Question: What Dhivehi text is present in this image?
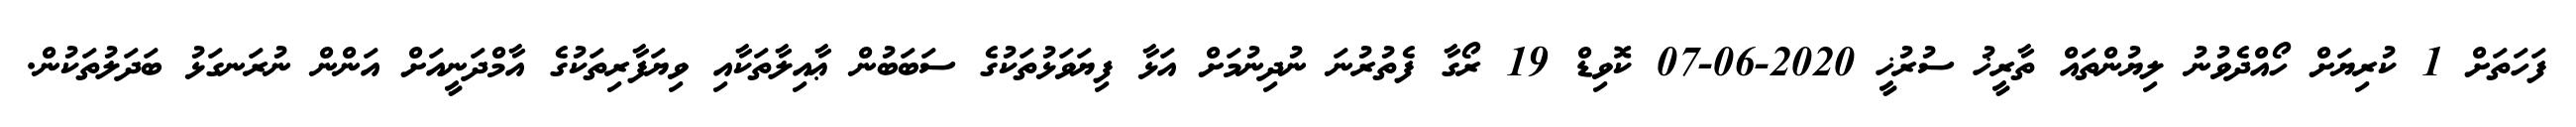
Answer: ފަހަތަށް 1 ކުރިޔަށް ހޯއްދެވުނު ލިޔުންތައް ތާރީޚު ސުރުޚީ 2020-06-07 ކޮވިޑް 19 ރޯގާ ފެތުރުނަ ނުދިނުމަށް އަޅާ ފިޔަވަޅުތަކުގެ ސަބަބުން ޢާއިލާތަކާއި ވިޔަފާރިތަކުގެ އާމްދަނީއަށް އަންން ނުރަނގަޅު ބަދަލުތަކުން.